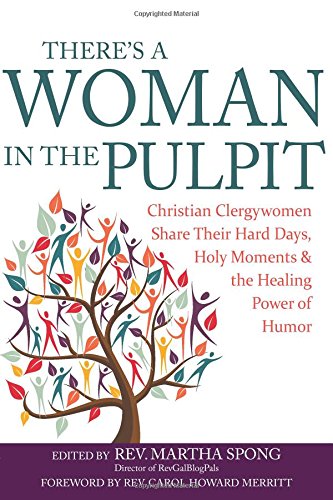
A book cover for There's a Woman in the Pulpit: Christian Clergywomen Share Their Hard Days, Holy Moments and the Healing Power of Humor; Christian Books & Bibles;